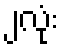
၂လုံး